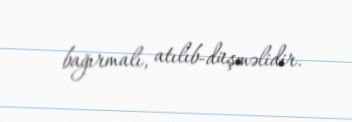
bağırmalı, atılıb-düşməlidir.